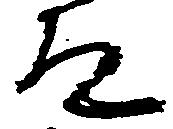
道